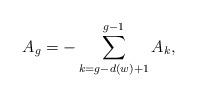
LaTeX: \begin{align*}A_g=-\sum\limits_{k=g-d(w)+1}^{g-1}A_k,\end{align*}